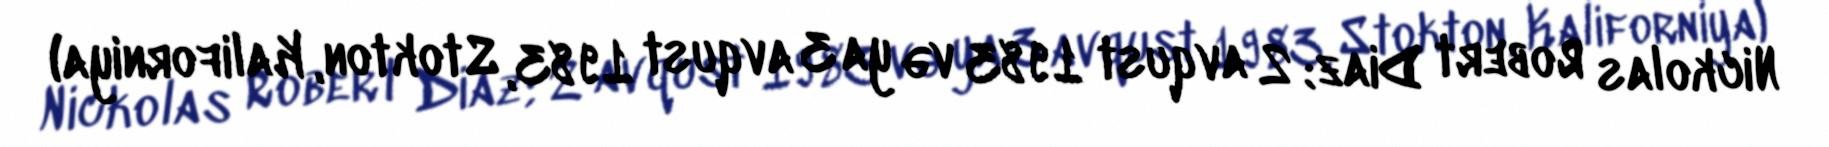
Nickolas Robert Diaz; 2 avqust 1983 və ya 3 avqust 1983, Stokton, Kaliforniya)